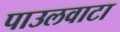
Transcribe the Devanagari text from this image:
पाउलवाटा